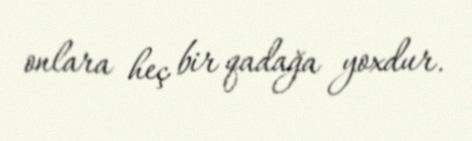
onlara heç bir qadağa yoxdur.